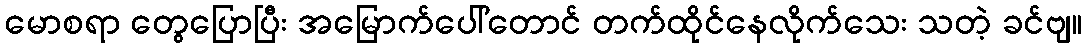
မောစရာ တွေပြောပြီး အမြောက်ပေါ်တောင် တက်ထိုင်နေလိုက်သေး သတဲ့ ခင်ဗျ။